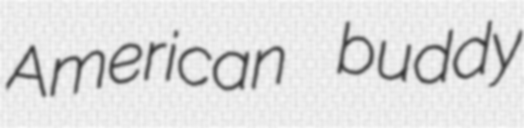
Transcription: American buddy